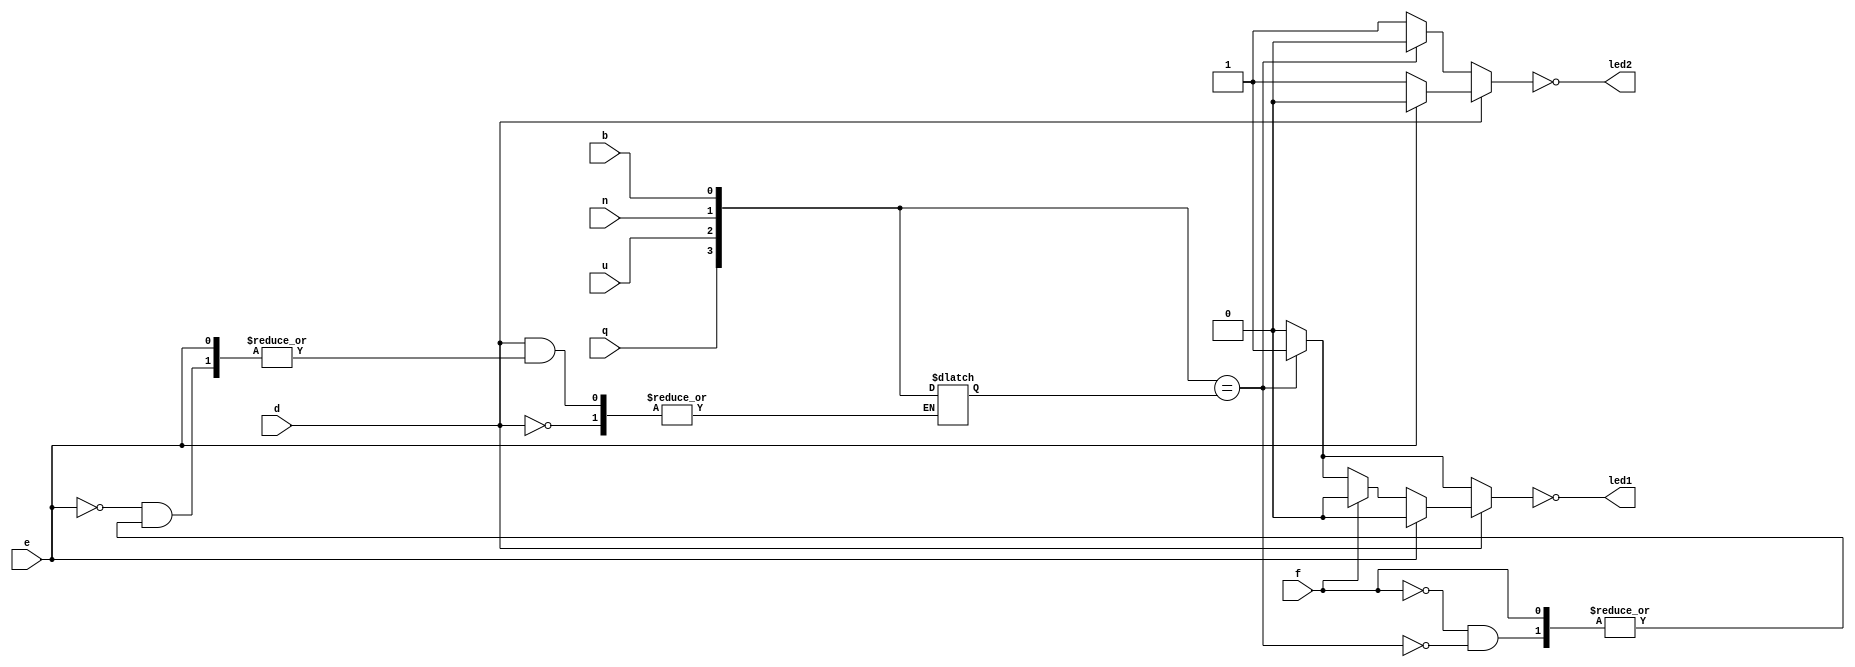
module codedlock(

	input wire q,u,n,b,//
	input wire d,//
	
	input wire e,//
	input wire f,//
	
	output wire led1,//
	output wire led2 //
	
	);
	
	wire [3:0] code;
	reg open;
	reg alarm;
	
	reg [3:0] realcode = 4'b1111;
//	initial begin
//		realcode = 4'b1010;//
//		end
//	
	assign code = {q,u,n,b};

	
	always@(d or code or e or f)
	if(d == 1'b0)
		begin 
			if(code == realcode)//
				begin 
					open = 1'b1;
					alarm = 1'b0;//
				end
			else
				begin
					open = 1'b0;
					alarm = 1'b1;//
				end
		end
	
	else
	 begin
		if(e == 1'b0)//
			begin
				if(f == 1'b0)//
					begin
						if(code == realcode)
						  begin
								open = 1'b1;
								alarm = 1'b1;
								realcode <= code;//
						  end
						else
						  begin
								open = 1'b0;
								alarm = 1'b1;//
						  end
					end
				else
					begin
						open = 1'b0;
						alarm = 1'b1;//
					end
			end
		else 
			begin 
				open = 1'b0;
				alarm = 1'b0;//
			end
	 end
	assign led1 = ~open;
	assign led2 = ~alarm;
	
endmodule